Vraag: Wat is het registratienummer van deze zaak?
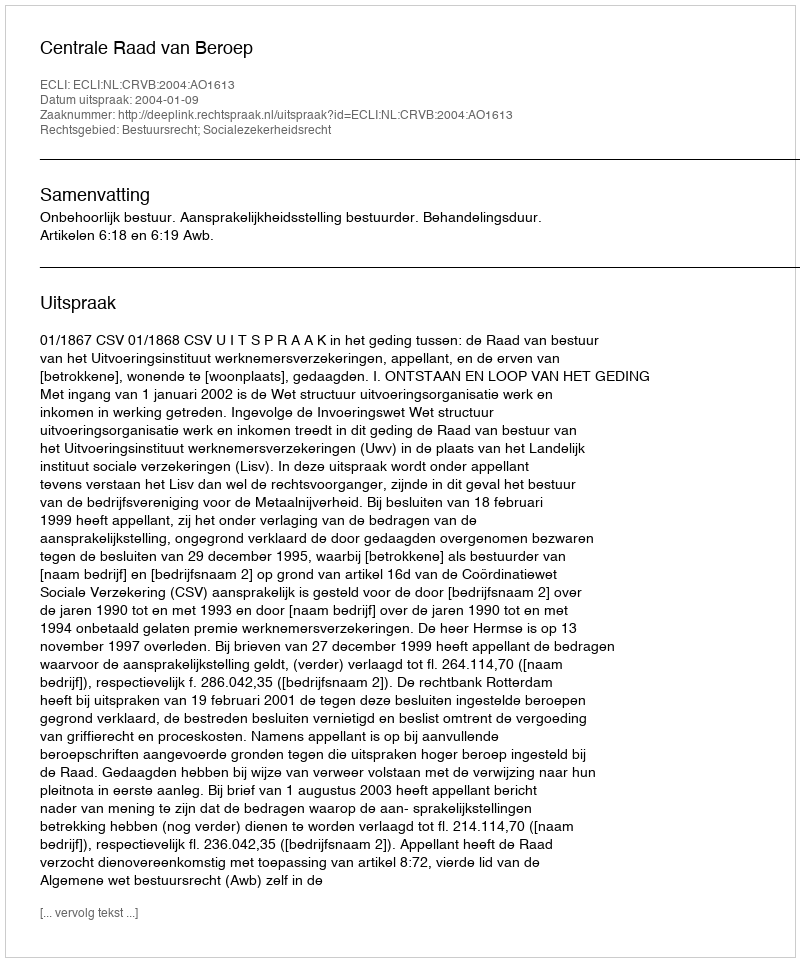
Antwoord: http://deeplink.rechtspraak.nl/uitspraak?id=ECLI:NL:CRVB:2004:AO1613